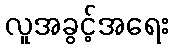
လူအခွင့်အရေး